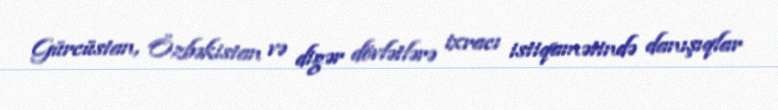
Gürcüstan, Özbəkistan və digər dövlətlərə ixracı istiqamətində danışıqlar